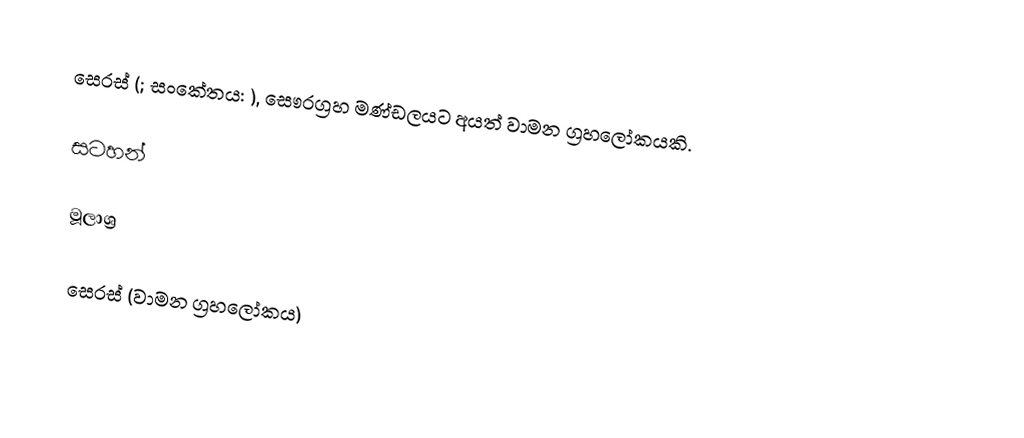
සෙරස් (; සංකේතය: ), සෞරග්‍රහ මණ්ඩලයට අයත් වාමන ග්‍රහලෝකයකි.

සටහන්

මූලාශ්‍ර

සෙරස් (වාමන ග්‍රහලෝකය)